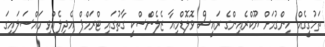
ތަހުގީގެއް ހިންގުމަށް ޔޫކްރެއިންގެ ރައީސް ވޮލޮޑްމިއާ ޒެލެންސްކީ ގާތުގައި ޓްރަމްޕް އެދިލެއްވި މައްސަލައިގަ